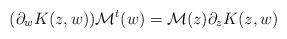
LaTeX: \begin{align*}(\partial_w K(z,w)) {\cal M}^t(w) = {\cal M}(z) \partial_z K(z,w)\end{align*}